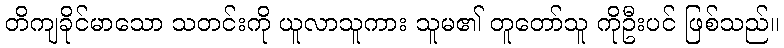
တိကျခိုင်မာသော သတင်းကို ယူလာသူကား သူမ၏ တူတော်သူ ကိုဦးပင် ဖြစ်သည်။